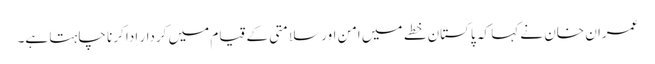
عمران خان نے کہا کہ پاکستان خطے میں امن اور سلامتی کے قیام میں کردار ادا کرنا چاہتا ہے۔